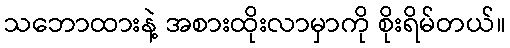
သဘောထားနဲ့ အစားထိုးလာမှာကို စိုးရိမ်တယ်။